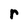
Character: r